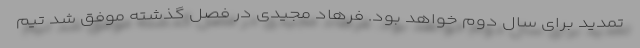
تمدید برای سال دوم خواهد بود. فرهاد مجیدی در فصل گذشته موفق شد تیم